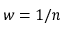
w = 1 / n